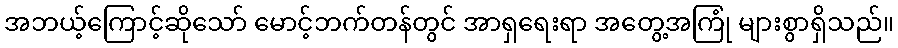
အဘယ့်ကြောင့်ဆိုသော် မောင့်ဘက်တန်တွင် အာရှရေးရာ အတွေ့အကြုံ များစွာရှိသည်။